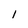
Character: 1